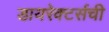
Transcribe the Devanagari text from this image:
डायरेक्टर्सची